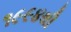
૧૯૯૪થી